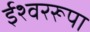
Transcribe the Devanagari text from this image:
ईश्वररूपा